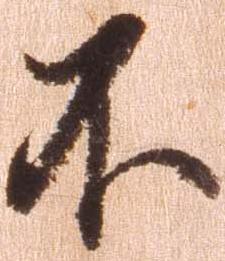
不